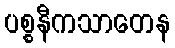
ပစ္စနီကသာတေန